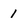
Character: 1